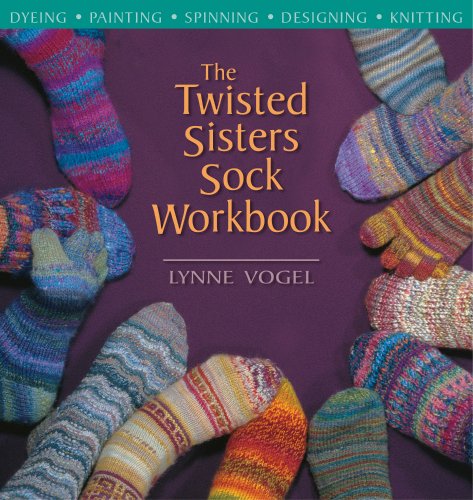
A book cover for The Twisted Sisters Sock Workbook; Lynne Vogel; Crafts, Hobbies & Home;